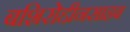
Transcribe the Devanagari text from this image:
बशिरोद्दीनसाहब